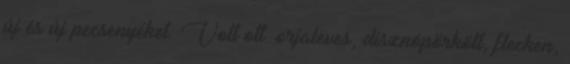
új és új pecsenyéket. Volt ott: orjaleves, disznópörkölt, flecken,